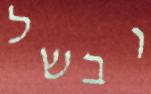
ובשל